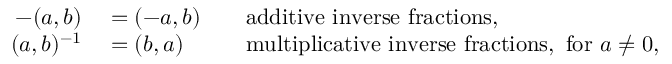
\begin{array} { r l r l } { - ( a , b ) } & { { } = ( - a , b ) } & { } & { { } { \mathrm { a d d i t i v e ~ i n v e r s e ~ f r a c t i o n s , } } } \\ { ( a , b ) ^ { - 1 } } & { { } = ( b , a ) } & { } & { { } { \mathrm { m u l t i p l i c a t i v e ~ i n v e r s e ~ f r a c t i o n s , ~ f o r ~ } } a \neq 0 , } \end{array}